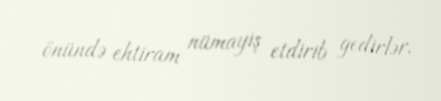
önündə ehtiram nümayiş etdirib gedirlər.